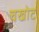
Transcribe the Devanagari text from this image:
चखोट